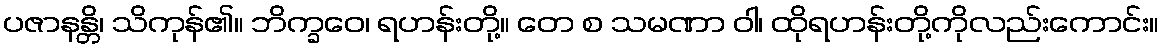
ပဇာနန္တိ၊ သိကုန်၏။ ဘိက္ခဝေ၊ ရဟန်းတို့။ တေ စ သမဏာ ဝါ၊ ထိုရဟန်းတို့ကိုလည်းကောင်း။